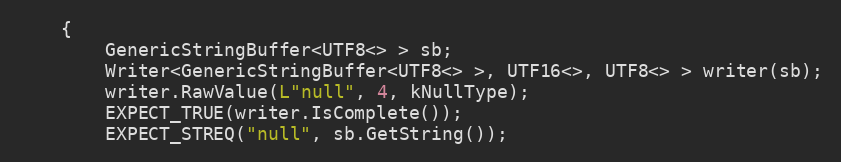
Language: C++
    {
        GenericStringBuffer<UTF8<> > sb;
        Writer<GenericStringBuffer<UTF8<> >, UTF16<>, UTF8<> > writer(sb);
        writer.RawValue(L"null", 4, kNullType);
        EXPECT_TRUE(writer.IsComplete());
        EXPECT_STREQ("null", sb.GetString());